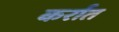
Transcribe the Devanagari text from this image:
कर्रात